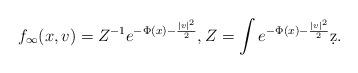
LaTeX: \begin{align*} f_\infty (x,v)= Z^{-1} e^{-\Phi (x) - \frac{|v|^2}{2}}, Z = \int e^{-\Phi (x) - \frac{|v|^2}{2}} \d z.\end{align*}